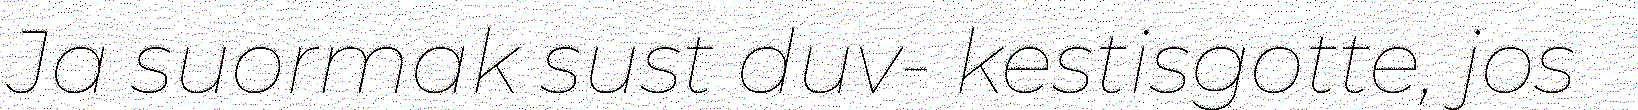
Ja suormak sust duv- kestisgotte, jos